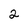
Character: 2